Vaccination in the Punjab 1919-1929 - 1919-1929
Year: 1919
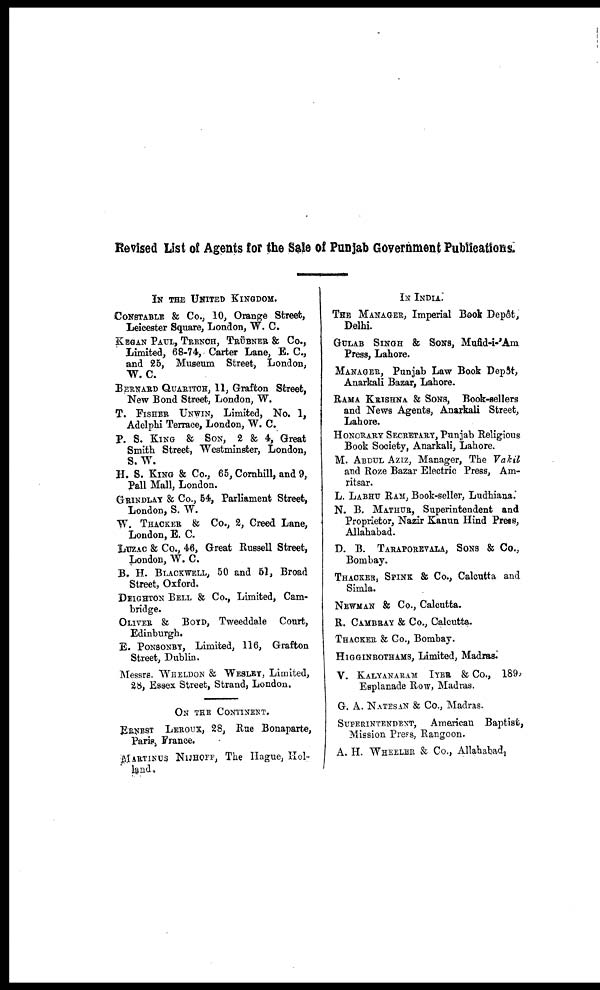
Revised List of Agents for the Sale of Punjab Government Publications.
IN THE UNITED KINGDOM.
CONSTABLE & Co., 10, Orange Street,
Leicester Square, London, W. C.
KEGAN PAUL, TRENCH, TRÜBNER & Co.,
Limited, 68-74, Carter Lane, E. C.,
and 25, Museum Street, London,
W. C.
BERNARD QUARITCH, 11, Grafton Street,
New Bond Street, London, W.
T. FISHER UNWIN, Limited, No. 1,
Adelphi Terrace, London, W. C.
P. S. KING & SON, 2 & 4, Great
Smith Street, Westminster, London,
S. W.
H. S. KING & Co., 65, Cornhill, and 9,
Pall Mall, London.
GRINDLAY & Co., 54, Parliament Street,
London, S. W.
W. THACKER & Co., 2, Creed Lane,
London, E. C.
LUZAC & Co., 46, Great Russell Street,
London, W. C.
B. H. BLACKWELL, 50 and 51, Broad
Street, Oxford.
DEIGHTON BELL & Co., Limited, Cam-
bridge.
OLIVER & BOYD, Tweeddale Court,
Edinburgh.
E. PONSONBY, Limited, 116, Grafton
Street, Dublin.
Messrs. WHELDON & WESLEY, Limited,
28, Essex Street, Strand, London.
ON THE CONTINENT.
ERNEST LEROUX, 28, Rue Bonaparte,
Paris, France.
MARTINUS NIJHOFF, The Hague, Hol-
land.
IN INDIA.
THE MANAGER, Imperial Book Depot,
Delhi.
GULAB SINGH & SONS, Mufid-i-'Am
Press, Lahore.
MANAGER, Punjab Law Book Depôt,
Anarkali Bazar, Lahore.
RAMA KRISHNA & SONS, Book-sellers
and News Agents, Anarkali Street,
Lahore.
HONORARY SECRETARY, Punjab Religious
Book Society, Anarkali, Lahore.
M. ABDUL AZIZ, Manager, The Vakil
and Roze Bazar Electric Press, Am-
ritsar.
L. LABHU RAM, Book-seller, Ludhiana.
N. B. MATHUR, Superintendent and
Proprietor, Nazir Kanun Hind Press,
Allahabad.
D. B. TARAPOREVALA, SONS & Co.,
Bombay.
THACKER, SPINK & Co., Calcutta and
Simla.
NEWMAN & Co., Calcutta.
R. CAMBRAY & Co., Calcutta.
THACKER & Co., Bombay.
HIGGINBOTHAMS, Limited, Madras.
V. KALYANARAM IYER & Co., 189,
Esplanade Row, Madras.
G. A. NATESAN & Co., Madras.
SUPERINTENDENT, American Baptist,
Mission Press, Rangoon.
A. H. WHEELER & Co., Allahabad.